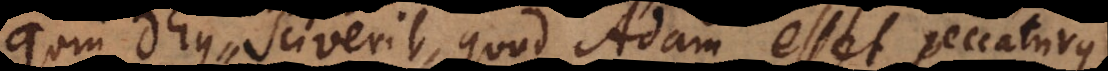
quin Deus sciverit, quod Adam esset pecca